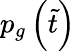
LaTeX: p_{g}\left(\tilde{t}\right)